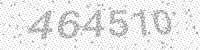
Solution: 464510